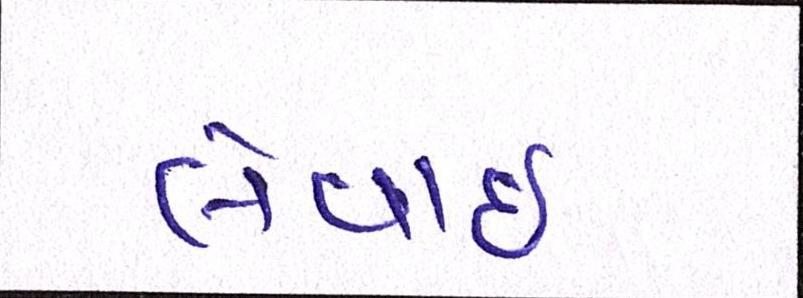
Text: લેવાઇ